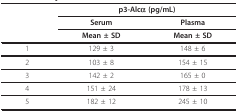
<table><thead><tr><td></td><td colspan="2"><b>p3-Alcα (pg/mL)</b></td></tr><tr><td></td><td><b>Serum</b></td><td><b>Plasma</b></td></tr><tr><td></td><td><b>Mean ± SD</b></td><td><b>Mean ± SD</b></td></tr></thead><tbody><tr><td>1</td><td>129 ± 3</td><td>148 ± 6</td></tr><tr><td>2</td><td>103 ± 8</td><td>154 ± 15</td></tr><tr><td>3</td><td>142 ± 2</td><td>165 ± 0</td></tr><tr><td>4</td><td>151 ± 24</td><td>178 ± 13</td></tr><tr><td>5</td><td>182 ± 12</td><td>245 ± 10</td></tr></tbody></table>